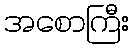
အစောကြီး